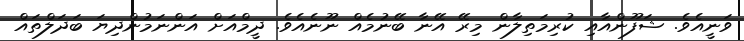
ވަނީއެވެ. ޝަފޫންއާއި ކުރިމަތިލާން މިރޭ އޭނާ ބޭނުމެއް ނޫނެއެވެ. ދީމްއަށް އަންނަމުންދިޔަ ބަދަލްތައް